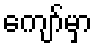
ကျော်မှာ